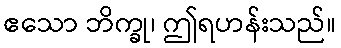
ဧသော ဘိက္ခု၊ ဤရဟန်းသည်။